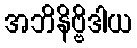
အဘိနိဗ္ဗိဒါယ